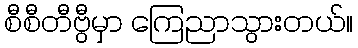
စီစီတီဗွီမှာ ကြေညာသွားတယ်။